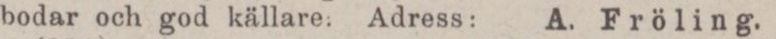
bodar och god källare. Adress: A. Fröling.